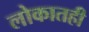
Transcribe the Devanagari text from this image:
लोकातही